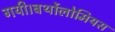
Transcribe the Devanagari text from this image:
गयी।बर्थोलोमियस